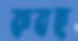
কবহু